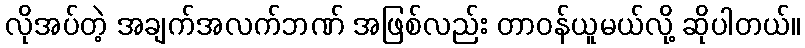
လိုအပ်တဲ့ အချက်အလက်ဘဏ် အဖြစ်လည်း တာဝန်ယူမယ်လို့ ဆိုပါတယ်။